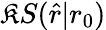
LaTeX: \mathfrak{K}S(\hat{{r}}|r_{0})